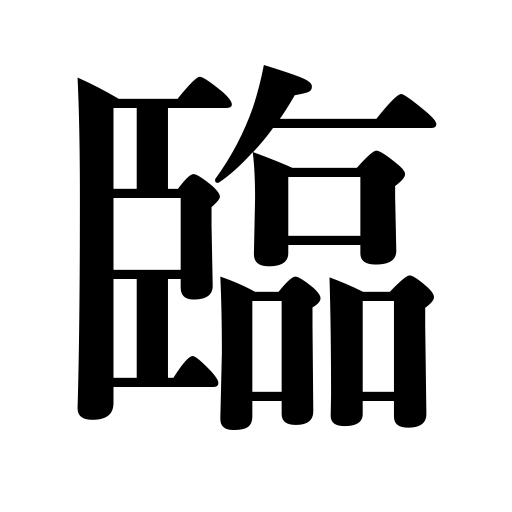
Meanings: face,be on the verge of,attend,border on,rule over,visit,assist at,come upon,deal with,meet,command a view of,be confronted by,deign to,come up to,front on,call on